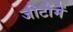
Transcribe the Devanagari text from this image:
जीटोंमें